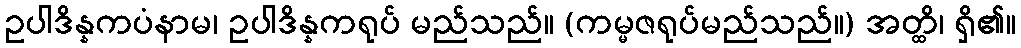
ဥပါဒိန္နကပံနာမ၊ ဥပါဒိန္နကရုပ် မည်သည်။ (ကမ္မဇရုပ်မည်သည်။) အတ္ထိ၊ ရှိ၏။